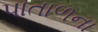
પાતાળના